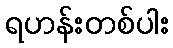
ရဟန်းတစ်ပါး